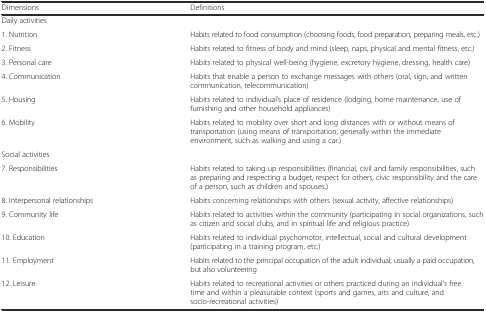
<table><thead><tr><td><b>Dimensions</b></td><td><b>Definitions</b></td></tr></thead><tbody><tr><td colspan="2">Daily activities</td></tr><tr><td>1. Nutrition </td><td>Habits related to food consumption (choosing foods, food preparation, preparing meals, etc.)</td></tr><tr><td>2. Fitness</td><td>Habits related to fitness of body and mind (sleep, naps, physical and mental fitness, etc.)</td></tr><tr><td>3. Personal care</td><td>Habits related to physical well-being (hygiene, excretory hygiene, dressing, health care)</td></tr><tr><td>4. Communication</td><td>Habits that enable a person to exchange messages with others (oral, sign, and written communication, telecommunication)</td></tr><tr><td>5. Housing</td><td>Habits related to individual’s place of residence (lodging, home maintenance, use of furnishing and other household appliances)</td></tr><tr><td>6. Mobility</td><td>Habits related to mobility over short and long distances with or without means of transportation (using means of transportation, generally within the immediate environment, such as walking and using a car.)</td></tr><tr><td colspan="2">Social activities</td></tr><tr><td>7. Responsibilities</td><td>Habits related to taking up responsibilities (financial, civil and family responsibilities, such as preparing and respecting a budget, respect for others, civic responsibility and the care of a person, such as children and spouses.)</td></tr><tr><td>8. Interpersonal relationships</td><td>Habits concerning relationships with others (sexual activity, affective relationships)</td></tr><tr><td>9. Community life</td><td>Habits related to activities within the community (participating in social organizations, such as citizen and social clubs, and in spiritual life and religious practice)</td></tr><tr><td>10. Education</td><td>Habits related to individual psychomotor, intellectual, social and cultural development (participating in a training program, etc.)</td></tr><tr><td>11. Employment</td><td>Habits related to the principal occupation of the adult individual; usually a paid occupation, but also volunteering</td></tr><tr><td>12. Leisure</td><td>Habits related to recreational activities or others practiced during an individual’s free time and within a pleasurable context (sports and games, arts and culture, and socio-recreational activities)</td></tr></tbody></table>